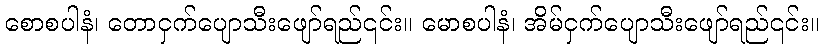
စောစပါနံ၊ တောငှက်ပျောသီးဖျော်ရည်၎င်း။ မောစပါနံ၊ အိမ်ငှက်ပျောသီးဖျော်ရည်၎င်း။